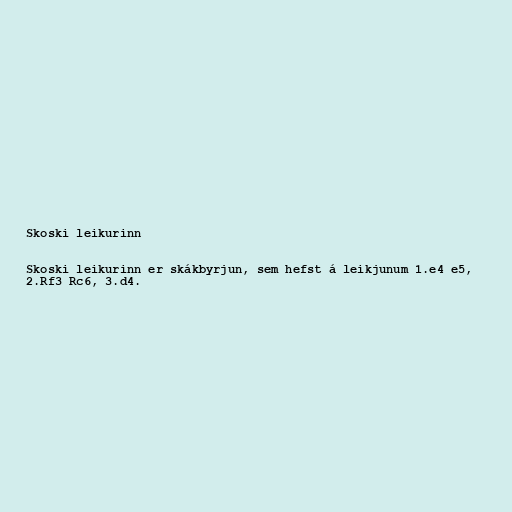
Skoski leikurinn

Skoski leikurinn er skákbyrjun, sem hefst á leikjunum 1.e4 e5,
2.Rf3 Rc6, 3.d4.